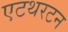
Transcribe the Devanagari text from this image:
एटथरटन